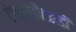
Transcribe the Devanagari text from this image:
ऐप्लोडौंटाइडी